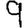
Digit: 9